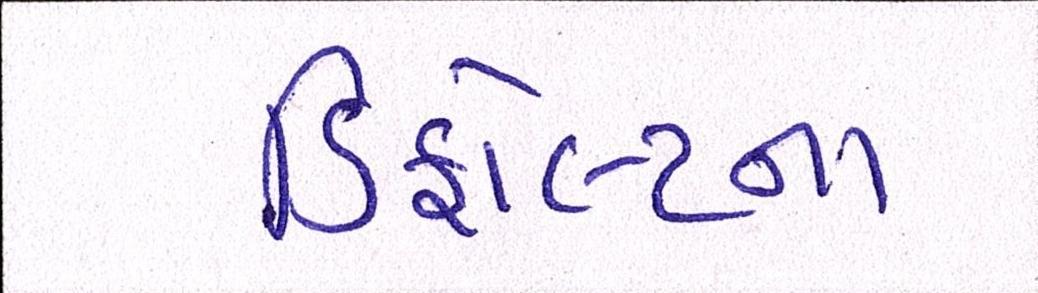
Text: ડિફોલ્ટના